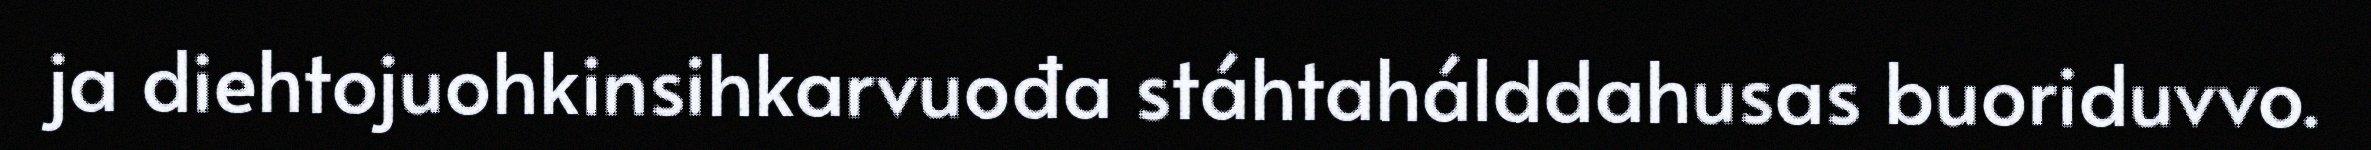
ja diehtojuohkinsihkarvuođa stáhtahálddahusas buoriduvvo.